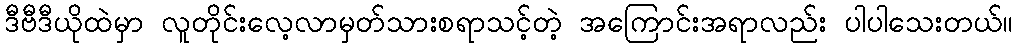
ဒီဗီဒီယိုထဲမှာ လူတိုင်းလေ့လာမှတ်သားစရာသင့်တဲ့ အကြောင်းအရာလည်း ပါပါသေးတယ်။